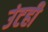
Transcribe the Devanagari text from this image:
उंटही